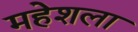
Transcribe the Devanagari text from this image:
महेशला